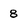
Character: 8